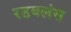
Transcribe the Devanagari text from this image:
रडवलंस